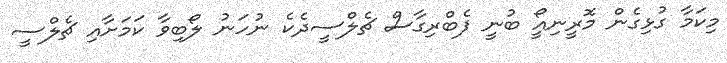
މިކަމާ ގުޅިގެން މޮރީނިއީޯ ބުނީ ފެބްރިގާސް ޗެލްސީދެކެ ނުހަނު ލޯބިވާ ކަމަށާއި ޗެލްސީ